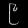
Digit: ၉